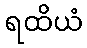
ရထိယံ